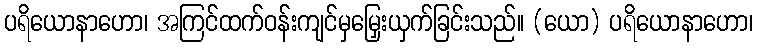
ပရိယောနာဟော၊ အကြင်ထက်ဝန်းကျင်မှမြှေးယှက်ခြင်းသည်။ (ယော) ပရိယောနာဟော၊